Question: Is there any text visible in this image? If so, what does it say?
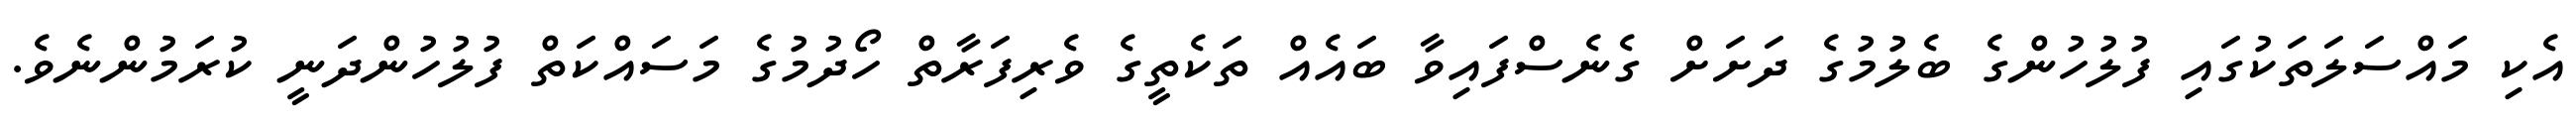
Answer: އެކި މައްސަލަތަކުގައި ފުލުހުންގެ ބެލުމުގެ ދަށަށް ގެނެސްފައިވާ ބައެއް ތަކެތީގެ ވެރިފަރާތް ހޯދުމުގެ މަސައްކަތް ފުލުހުންދަނީ ކުރަމުންނެވެ.